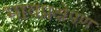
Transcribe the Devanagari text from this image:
भावप्रक्षेपण